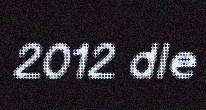
2012 dle